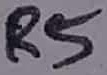
Text: R5